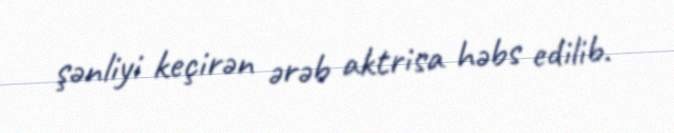
şənliyi keçirən ərəb aktrisa həbs edilib.